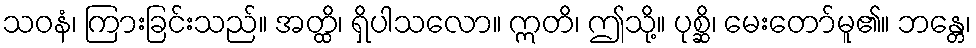
သဝနံ၊ ကြားခြင်းသည်။ အတ္ထိ၊ ရှိပါသလော။ ဣတိ၊ ဤသို့။ ပုစ္ဆိ၊ မေးတော်မူ၏။ ဘန္တေ၊